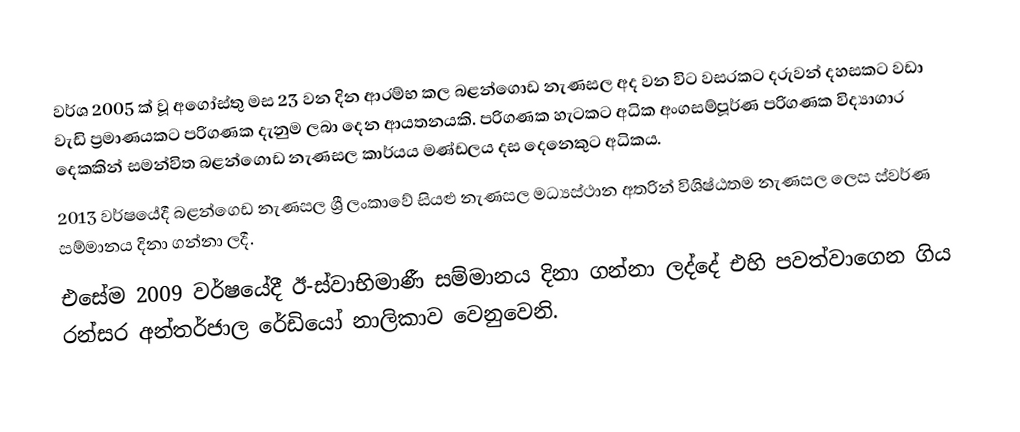
වර්ශ 2005 ක් වූ අගෝස්තු මස 23 වන දින ආරම්භ කල බළන්ගොඩ නැණසල අද වන විට වසරකට දරුවන් දහසකට වඩා වැඩි ප්‍රමාණයකට පරිගණක දැනුම ලබා දෙන ආයතනයකි. පරිගණක හැටකට අධික අංගසම්පූර්ණ පරිගණක විද්‍යාගාර දෙකකින් සමන්විත බළන්ගොඩ නැණසල කාර්යය මණ්ඩලය දස දෙනෙකුට අධිකය.
2013 වර්ෂයේදී බළන්ගෙඩ නැණසල ශ්‍රී ලංකාවේ සියළු නැණසල මධ්‍යස්ථාන අතරින් විශිෂ්ඨතම නැණසල ලෙස ස්වර්ණ සම්මානය දිනා ගන්නා ලදී.
එසේම 2009 වර්ෂයේදී ඊ-ස්වාභිමාණී සම්මානය දිනා ගන්නා ලද්දේ එහි පවත්වාගෙන ගිය රන්සර අන්තර්ජාල රේඩියෝ නාලිකාව වෙනුවෙනි.